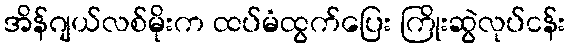
အိန်ဂျယ်လစ်မိုးက ထပ်မံထွက်ပြေး ကြိုးဆွဲလုပ်ငန်း